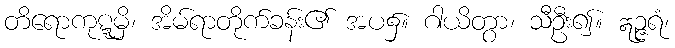
တိရောကုဋ္ဋမှိ၊ အိမ်ရာတိုက်ခန်း၏ အပ၌။ ဂါယိတွာ၊ သီဦး၍။ ဣဉ္ဇရံ၊